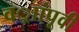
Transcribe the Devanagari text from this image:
वर्ाांपूवी